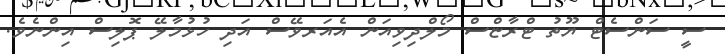
ސީ ސަންސެޓް ޔޫތު ޓްރާޏްސް މޯލްދިވިއަން އެއަރވޭސް އަދި ހުޅުމާލޭ ޕޮލިސް އިންނެވެ.